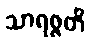
သာရဇ္ဇတိ